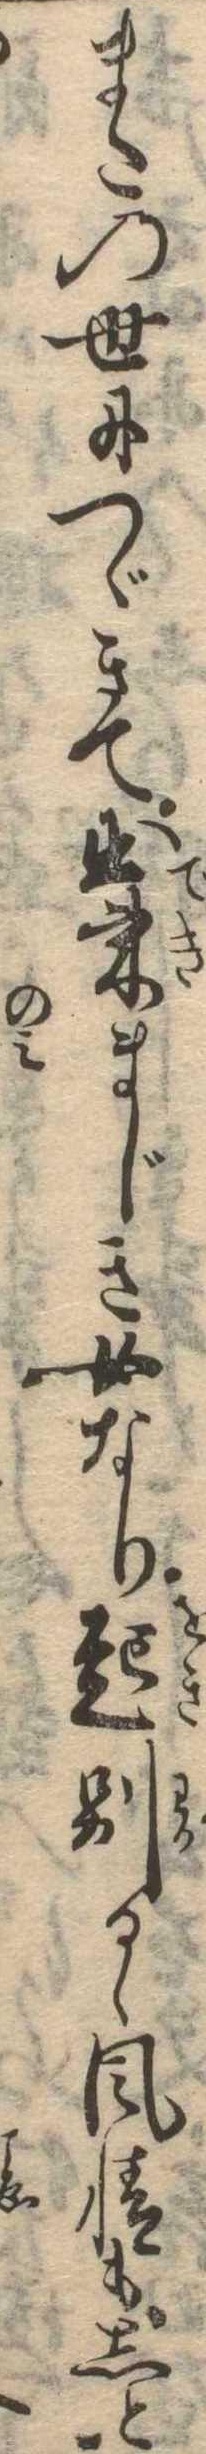
またの世につゞきて出来まじき女なり起別るゝ風情もしと